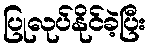
ပြုလုပ်နိုင်ခဲ့ပြီး